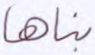
بناها